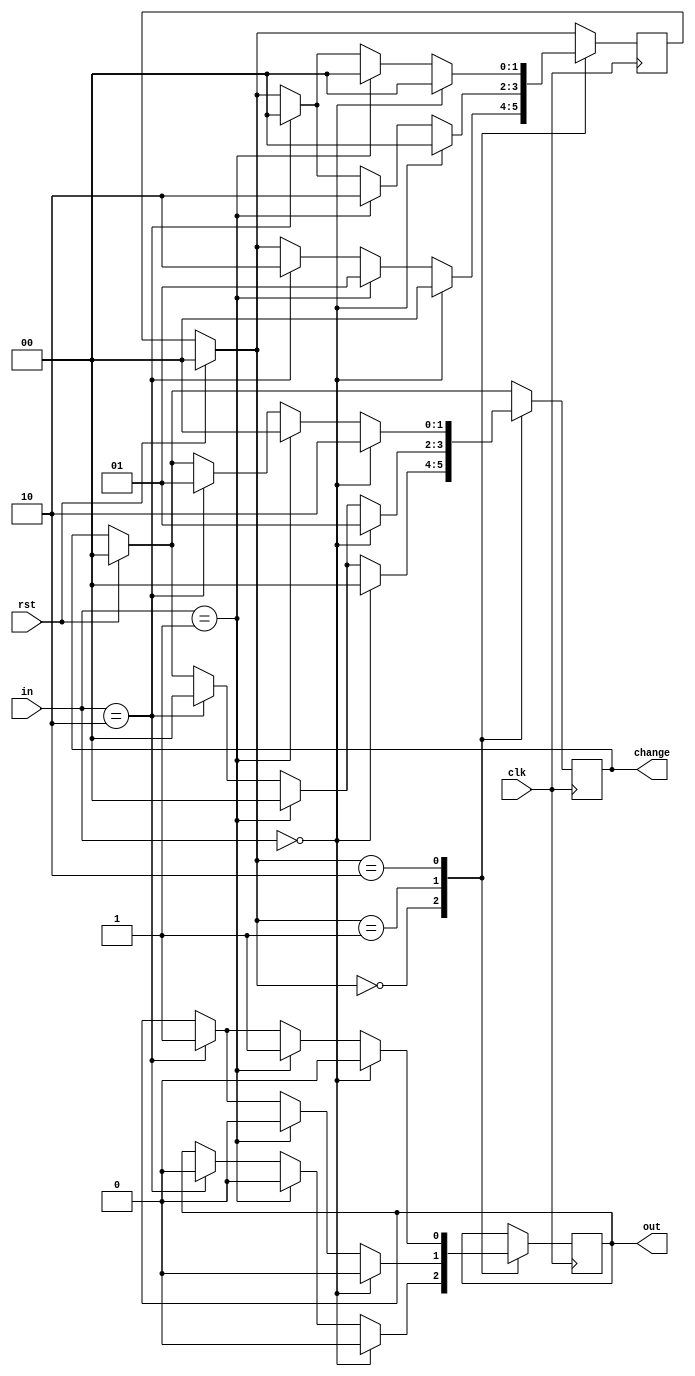
`timescale 1ns / 1ps
//////////////////////////////////////////////////////////////////////////////////
// Company: 
// Engineer: 
// 
// Design Name: 
// Module Name:    vend_mach 
// Project Name: 
// Target Devices: 
// Tool versions: 
// Description: 
//
// Dependencies: 
//
// Revision: 
// Revision 0.01 - File Created
// Additional Comments: 
//
//////////////////////////////////////////////////////////////////////////////////
module vend_mach(
    input clk,
    input rst,
    input [1:0]in,
    output reg out,
    output reg [1:0]change
    );
	 
	 parameter s0 = 2'b00;
	 parameter s1 = 2'b01;
	 parameter s2= 2'b10;
	 
	 reg[1:0]c_state,n_state;
	 
	 always@(posedge clk)
	 begin
	 if(rst==1)
	  begin
	  c_state=0;
	  n_state=0;
	  change=2'b00;
	  end
	 else
	 c_state=n_state;
	 case(c_state)
	 s0 : if(in==0)
	       begin
			 n_state=s0;
			 out=0;
			 change=2'b00;
			 end
		
			else if(in==2'b01)
			   begin
				n_state=s1;
			   out=0;
			   change=2'b00;
			   end
			else if(in==2'b10)
			   begin
				n_state=s2;
			   out=0;
			   change=2'b00;
			   end
	 s1 : if(in==0)
	       begin
			 
				n_state=s0;
			   out=0;
			   change=2'b01;
			   end
			else if(in==2'b01)
			  begin
				n_state=s2;
			   out=0;
			   change=2'b00;
			   end
			else if(in==2'b10)
			   begin
				 n_state=s0;
				 out=1;
				 change=2'b00;
				end
				
		s2 : if(in ==0)
		      begin
				 n_state=s0;
				 out=0;
				 change =2'b10;
				end
			  else if(in ==2'b01)
		      begin
				 n_state=s0;
				 out=1;
				 change =2'b00;
				end
			  else if(in ==2'b10)
		      begin
				 n_state=s0;
				 out=1;
				 change =2'b01;
				end
	endcase
	end
	
			 
	

	 


endmodule